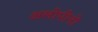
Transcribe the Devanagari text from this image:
अलोपीनो